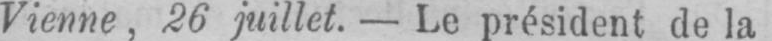
Vienne, 26 juillet. - Le président de la